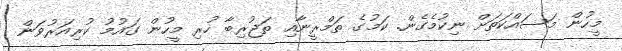
މީހުން މަސައްކަތަށް ނިކުމެގެން. ކަމުގެ ތަމްރީނާއި ތަޖުރިބާ ހުރި މީހުން ގައުމު ކުރިއަރުވަން